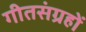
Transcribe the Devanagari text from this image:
गीतसंग्रहों